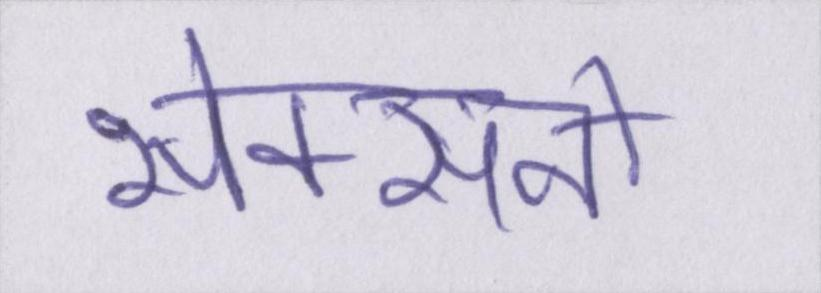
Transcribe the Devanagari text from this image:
सेक्सनों